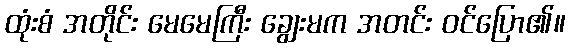
ထုံးစံ အတိုင်း မေမေကြီး ချွေးမက အတင်း ဝင်ပြော၏။